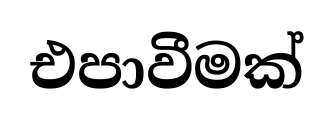
එපාවීමක්